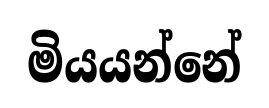
මියයන්නේ